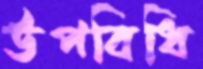
উপবিধি